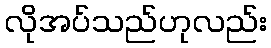
လိုအပ်သည်ဟုလည်း